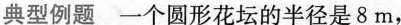
典型例题一个圆形花坛的半径是8m，